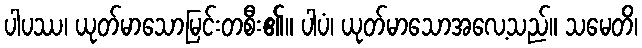
ပါပဿ၊ ယုတ်မာသောမြင်းတစီး၏။ ပါပံ၊ ယုတ်မာသောအလေ့သည်။ သမေတိ၊